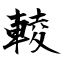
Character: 輘